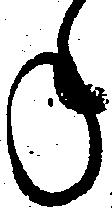
年